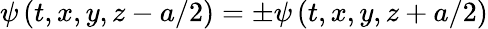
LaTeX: \psi\left(t,x,y,z-a/2\right)=\pm\psi\left(t,x,y,z+a/2\right)